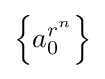
\left\{a_{0}^{r^{n}}\right\}